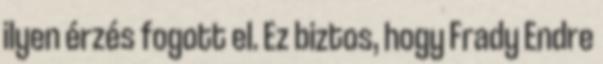
ilyen érzés fogott el. Ez biztos, hogy Frady Endre